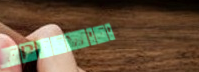
FreeWiFi